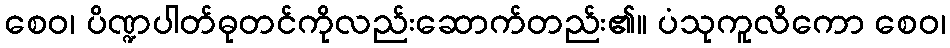
စေဝ၊ ပိဏ္ဍပါတ်ဓုတင်ကိုလည်းဆောက်တည်း၏။ ပံသုကူလိကော စေဝ၊